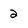
Character: 2